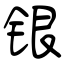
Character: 银